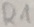
Text: R1